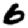
Digit: 6